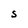
Character: S